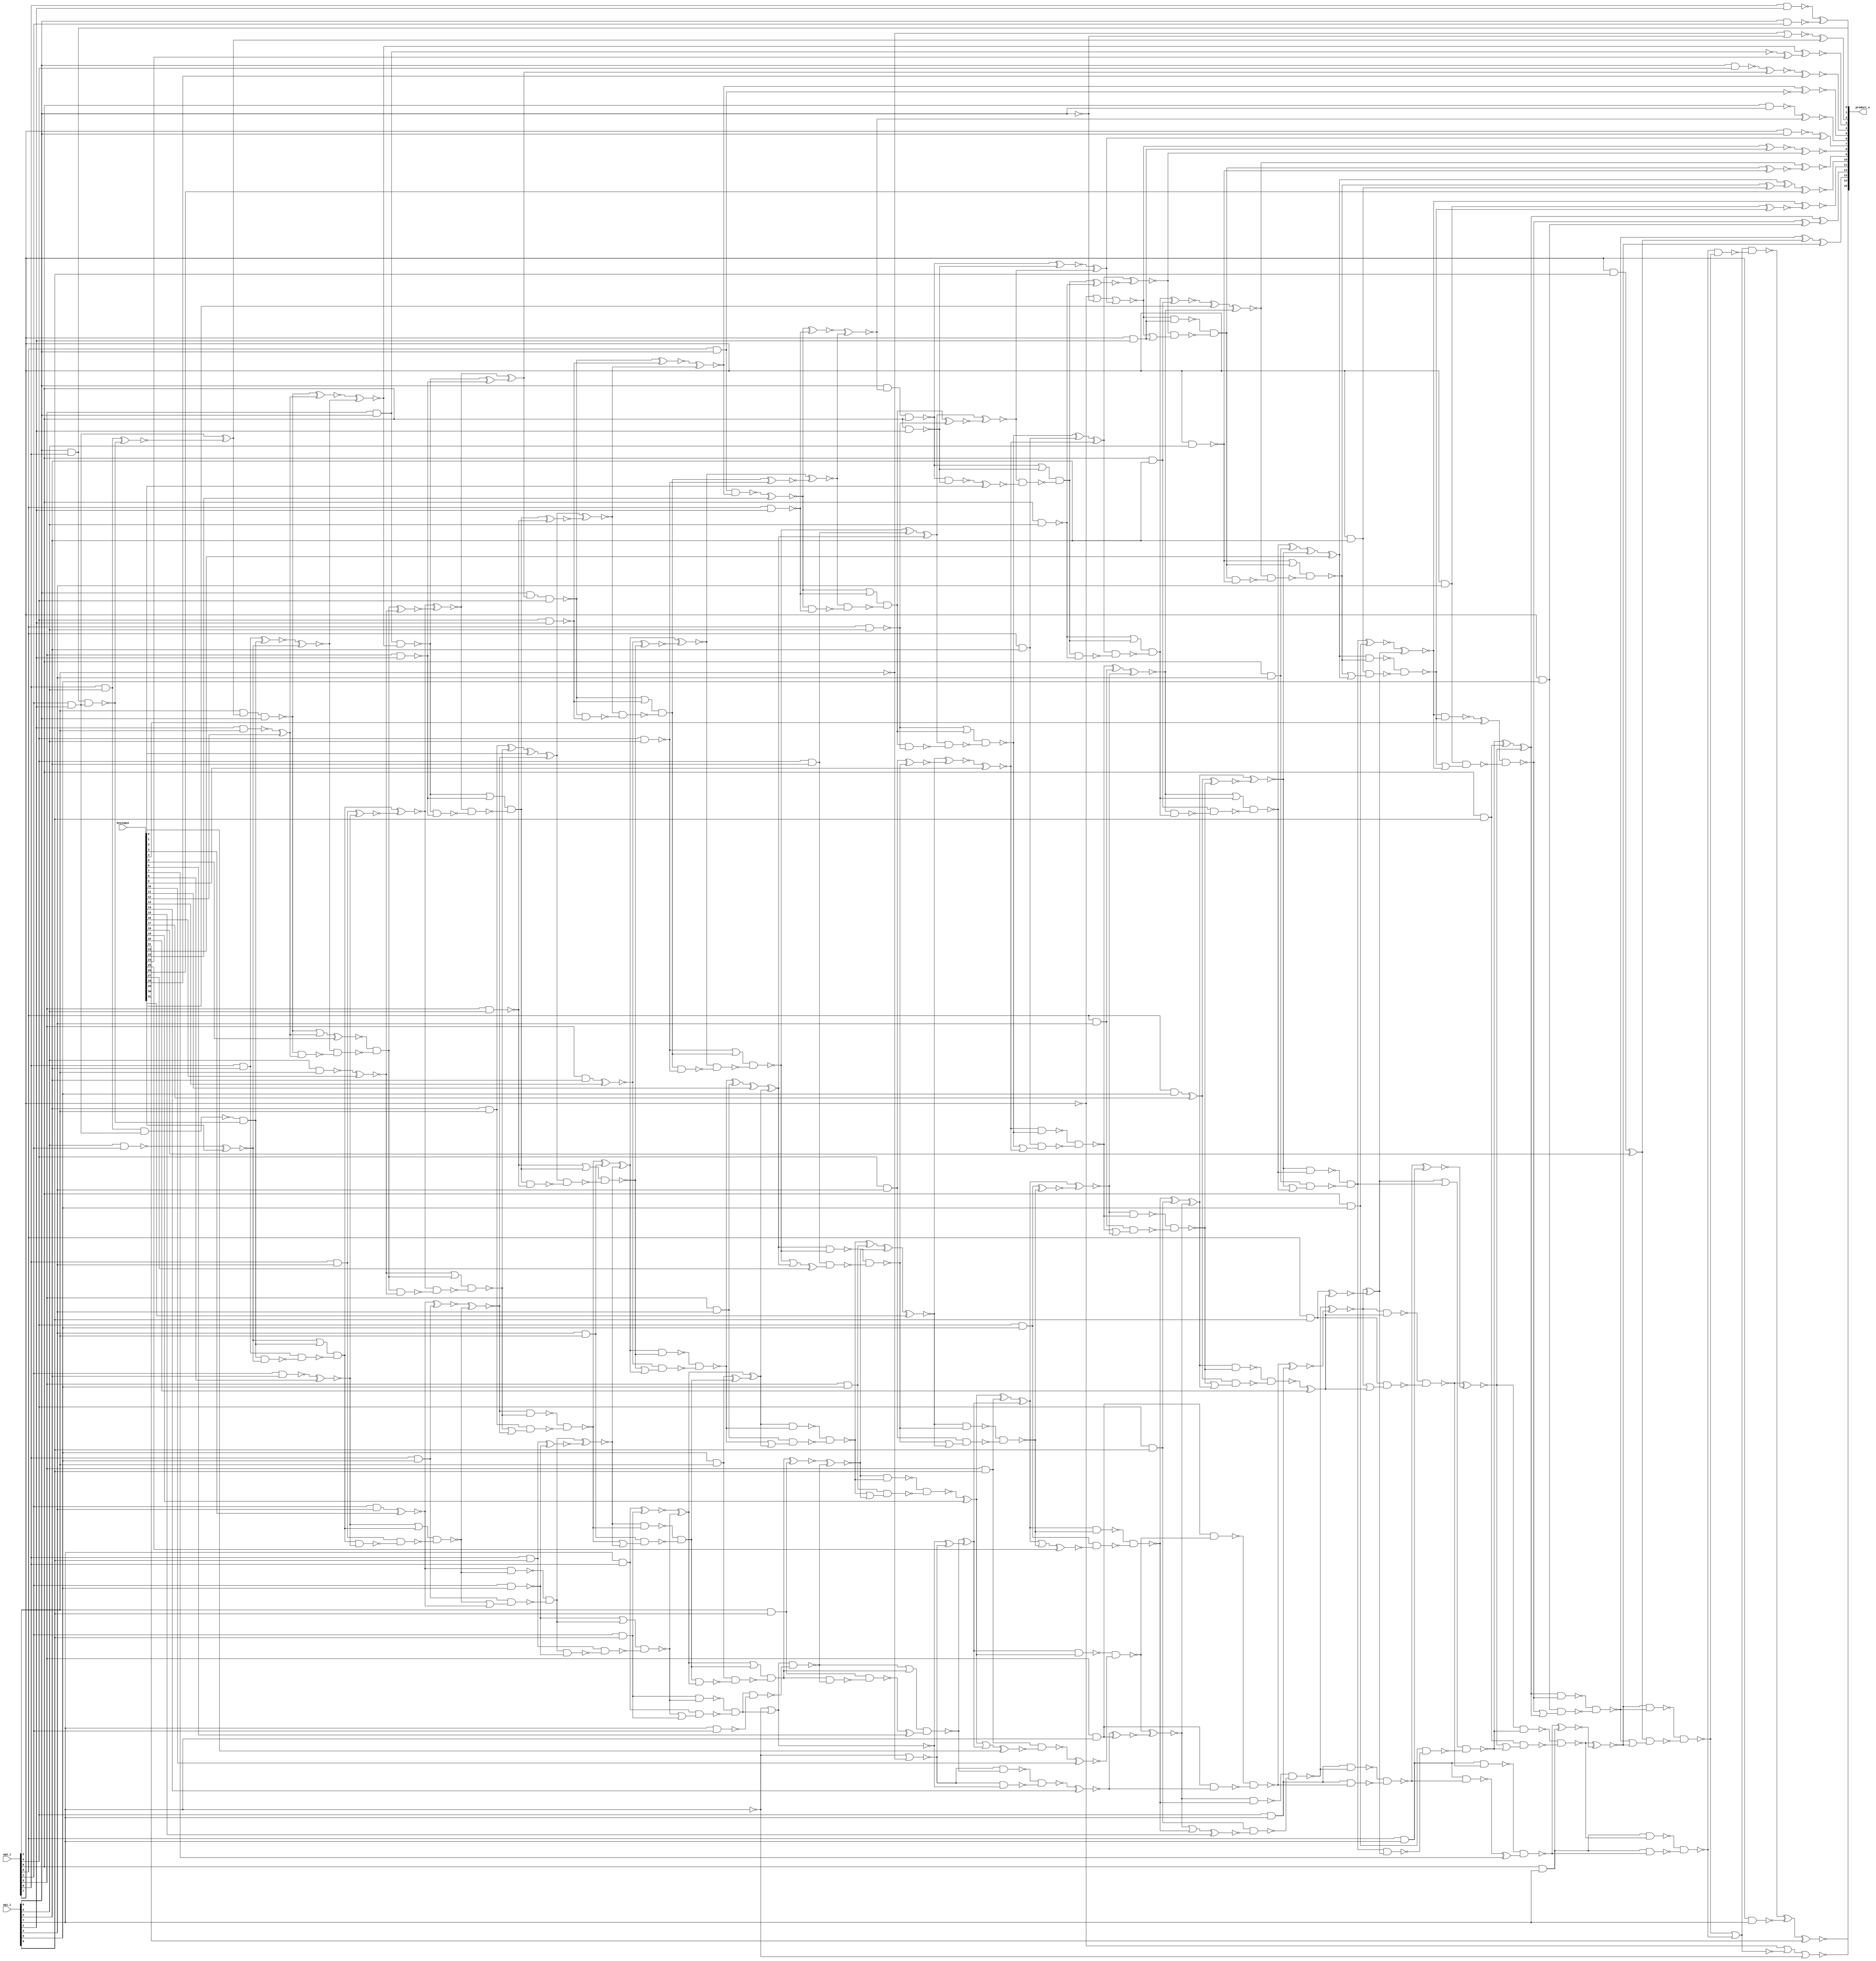
// Verilog File 
module array_multiplier8_xor_enc32(op1_i,op2_i,keyinput,product_o);

input [7:0] op1_i,op2_i;
input [31:0] keyinput;

output [15:0] product_o;


wire n269, n270, n279, n280, n281, n282, n284, n285, xenc21, 
n300, n299, n298, xenc18, n318, n319, n317, n315, n326, n311, 
n312, n309, n337, n353, n344, xenc22, n378, xenc26, n350, n348, 
n393, n394, n397, n376, n351, n405, n370, n359, n371, n368, 
n377, n374, n430, xenc9, n389, n432, n433, n453, n417, n422, 
n411, n454, n410, n409, xenc19, n414, n403, n401, n445, n473, 
n474, n437, n475, n476, n506, n507, n276, n508, n509, xenc11, 
n511, n512, n513, n510, n514, n466, n452, n465, n463, xenc1, 
n541, n502, n542, n543, n540, n555, n556, n495, n557, n558, 
n530, n559, n527, n529, n580, n581, n592, n523, n283, n255, 
n288, n287, n407, n408, n364, n335, xenc20, n521, n524, n259, 
n258, n267, n395, n396, n582, n583, n404, n383, n446, n420, 
n423, n352, n325, n343, n341, n257, n517, n441, n442, n272, 
xenc23, n444, n365, n406, xenc14, n363, n398, xenc17, n358, n306, 
n327, n305, n304, n576, xenc29, n552, n578, n579, n584, n585, 
xenc3, n587, n515, n460, n459, n457, n503, n485, n504, n505, 
n390, n266, n391, n392, n588, n589, n590, n591, n293, n301, 
n292, n291, n332, n360, n331, n330, xenc30, n261, n384, n385, 
n382, n496, n480, xenc13, n498, n569, n570, n547, n571, xenc8, 
n484, n273, n486, n487, n551, n277, n553, xenc12, n438, n439, 
n440, n548, n549, xenc16, n481, n482, n483, xenc31, n488, n431, 
n449, n451, n537, n538, n539, n399, n400, n402, n346, n347, 
n324, n349, n447, n448, n450, n354, n355, n338, n357, n427, 
n428, n429, n605, n499, n500, n501, n477, n478, n479, n525, 
n526, n528, n386, n387, n263, n268, n388, n372, n373, n375, 
n566, n567, n568, n470, n471, n472, n379, n380, n264, n381, 
n492, n493, n494, n534, n535, n536, xenc4, n321, n320, n322, 
n323, n531, n532, n533, n461, n462, n416, n464, n313, n314, 
n316, n563, n564, n565, n424, n425, n426, n339, n340, n342, 
n418, n419, xenc25, n421, n361, n362, n328, n329, n302, xenc7, 
n303, n333, n334, n336, n412, xenc10, xenc0, n413, n415, n366, 
n367, xenc15, n369, n307, n308, n310, n560, n561, n562, n294, 
n295, n297, n289, n290, n455, xenc6, n458, n456, n519, n520, 
n522, n602, n603, n604, n593, n594, n595, xenc5, n574, n573, 
n575, n489, n490, xenc27, n491, n467, n468, n469, n599, n600, 
n601, n434, n435, xenc2, n436, n544, n545, n546, n596, n597, 
n598, n260, n345, n265, n262, n443, n577, n572, n550, n256, 
n516, n518, n554, n586, n286, n497, n606, xenc28, n607, n356, 
n271, xenc24, n608, n296;

xor g0(product_o[7], n269, n270);
xor g1(product_o[2], n279, n280);
xor g2(product_o[1], n281, n282);
xor g3(xenc21, n284, n285);
xor g4(product_o[13], n300, n299);
xor g5(n300, n298, xenc18);
xor g6(product_o[12], n318, n319);
xor g7(n319, n317, n315);
xor g8(n318, n326, n311);
xor g9(n326, n312, n309);
xor g10(n344, n337, n353);
xor g11(xenc26, xenc22, n378);
xor g12(n378, n350, n348);
xor g13(n270, n393, n394);
xor g14(n351, n397, n376);
xor g15(n359, n405, n370);
xor g16(n405, n371, n368);
xor g17(n397, n377, n374);
xor g18(n389, n430, xenc9);
xor g19(n430, n432, n433);
xor g20(n422, n453, n417);
xor g21(n417, n411, n454);
xor g22(n454, n410, n409);
xor g23(n453, xenc19, n414);
xor g24(n445, n403, n401);
xor g25(n437, n473, n474);
xor g26(n473, n475, n476);
xor g27(n276, n506, n507);
xor g28(n507, n508, n509);
xor g29(n474, xenc11, n511);
xor g30(n510, n512, n513);
xor g31(n452, n514, n466);
xor g32(n514, n465, n463);
xor g33(n502, xenc1, n541);
xor g34(n540, n542, n543);
xor g35(n495, n555, n556);
xor g36(n555, n557, n558);
xor g37(n511, n530, n559);
xor g38(n559, n527, n529);
xor g39(n280, n580, n581);
xor g40(n530, n592, n523);
not g41(n255, n283);
nor g42(n283, n288, n287);
nand g43(n364, n407, n408);
nand g44(n408, n409, n410);
nand g45(n407, n409, n411);
xnor g46(n353, n335, xenc20);
xnor g47(n592, n521, n524);
nor g48(n267, n259, n258, n270);
xnor g49(n393, n395, n396);
xnor g50(n581, n582, n583);
xnor g51(n383, n445, n404);
xnor g52(n404, n422, n446);
xnor g53(n446, n420, n423);
xnor g54(n325, n352, n344);
xnor g55(n352, n343, n341);
nor g56(n410, n257, n517);
xnor g57(n272, n441, n442);
xnor g58(n441, xenc23, n444);
xnor g59(n370, n365, n406);
xnor g60(n406, xenc14, n363);
xnor g61(n376, n359, n398);
xnor g62(n398, xenc17, n358);
xnor g63(n311, n306, n327);
xnor g64(n327, n305, n304);
xnor g65(n552, n576, xenc29);
xnor g66(n576, n578, n579);
xnor g67(n541, n584, n585);
xnor g68(n584, xenc3, n587);
xnor g69(n466, n515, n460);
xnor g70(n515, n459, n457);
xnor g71(n485, n502, n503);
xnor g72(n503, n504, n505);
xnor g73(n266, n389, n390);
xnor g74(n390, n391, n392);
xnor g75(n556, n588, n589);
xnor g76(n589, n590, n591);
xnor g77(n299, n293, n301);
xnor g78(n301, n292, n291);
xnor g79(n337, n332, n360);
xnor g80(n360, n331, n330);
xnor g81(n261, xenc30, n383);
xnor g82(n382, n384, n385);
xnor g83(n480, n495, n496);
xnor g84(n496, xenc13, n498);
xnor g85(n547, n569, n570);
xnor g86(n570, n571, xenc8);
xnor g87(n273, n484, n485);
xnor g88(n484, n486, n487);
xnor g89(n277, n551, n552);
xnor g90(n551, n553, xenc12);
xnor g91(n394, n437, n438);
xnor g92(n438, n439, n440);
xnor g93(n506, n547, n548);
xnor g94(n548, n549, xenc16);
xnor g95(n442, n480, n481);
xnor g96(n481, n482, n483);
xnor g97(n431, xenc31, n488);
xnor g98(n488, n449, n451);
nand g99(n498, n537, n538);
or g100(n537, n505, n504);
nand g101(n538, n502, n539);
nand g102(n539, n504, n505);
nand g103(n358, n399, n400);
nand g104(n399, n404, n403);
nand g105(n400, n401, n402);
or g106(n402, n403, n404);
nand g107(n324, n346, n347);
nand g108(n346, xenc22, n350);
nand g109(n347, n348, n349);
or g110(n349, n350, xenc22);
nand g111(n423, n447, n448);
nand g112(n447, xenc31, n451);
nand g113(n448, n449, n450);
or g114(n450, n451, xenc31);
nand g115(n338, n354, n355);
nand g116(n354, n359, n358);
nand g117(n355, xenc17, n357);
or g118(n357, n358, n359);
and g119(n384, n427, n428);
or g120(n427, n392, n391);
nand g121(n428, n389, n429);
nand g122(n429, n391, n392);
and g123(n579, n605, n583);
nand g124(n605, n582, n580);
and g125(n482, n499, n500);
or g126(n499, n486, n487);
nand g127(n500, n485, n501);
nand g128(n501, n486, n487);
and g129(n439, n477, n478);
or g130(n477, xenc23, n444);
nand g131(n478, n442, n479);
nand g132(n479, xenc23, n444);
and g133(n459, n525, n526);
or g134(n525, n530, n529);
nand g135(n526, n527, n528);
nand g136(n528, n529, n530);
and g137(n263, n386, n387);
nand g138(n386, n267, n268);
nand g139(n387, n266, n388);
or g140(n388, n267, n268);
and g141(n343, n372, n373);
nand g142(n372, n376, n377);
nand g143(n373, n374, n375);
or g144(n375, n376, n377);
nand g145(n543, n566, n567);
or g146(n566, xenc16, n549);
nand g147(n567, n547, n568);
nand g148(n568, n549, xenc16);
nor g149(product_o[15], n259, n283, n257);
nand g150(n432, n470, n471);
or g151(n470, n440, n439);
nand g152(n471, n437, n472);
nand g153(n472, n439, n440);
nand g154(n350, n379, n380);
or g155(n379, n264, n263);
nand g156(n380, n261, n381);
nand g157(n381, n263, n264);
nand g158(n475, n492, n493);
or g159(n492, n483, n482);
nand g160(n493, n480, n494);
nand g161(n494, n482, n483);
nand g162(n512, n534, n535);
nand g163(n534, n495, n498);
nand g164(n535, xenc13, n536);
or g165(n536, n498, n495);
nand g166(n317, xenc4, n321);
nand g167(n320, n325, n324);
nand g168(n321, n322, n323);
or g169(n323, n324, n325);
nand g170(n465, n531, n532);
nand g171(n531, n511, n512);
nand g172(n532, n513, n533);
or g173(n533, n512, n511);
nand g174(n416, n461, n462);
nand g175(n461, n466, n465);
nand g176(n462, n463, n464);
or g177(n464, n465, n466);
nand g178(n298, n313, n314);
nand g179(n313, n318, n317);
nand g180(n314, n315, n316);
or g181(n316, n317, n318);
nand g182(n557, n563, n564);
nand g183(n563, n541, n543);
nand g184(n564, n542, n565);
or g185(n565, n543, n541);
nand g186(n377, n424, n425);
or g187(n424, n383, n384);
nand g188(n425, n385, n426);
nand g189(n426, n383, n384);
nand g190(n312, n339, n340);
or g191(n339, n344, n343);
nand g192(n340, n341, n342);
nand g193(n342, n343, n344);
nand g194(n371, n418, n419);
nand g195(n418, n422, n423);
nand g196(n419, n420, xenc25);
or g197(n421, n422, n423);
nand g198(n331, n361, n362);
nand g199(n362, n363, xenc14);
nand g200(n361, n363, n365);
nand g201(n305, n328, n329);
nand g202(n329, n330, n331);
nand g203(n328, n330, n332);
nand g204(n292, n302, xenc7);
nand g205(n303, n304, n305);
nand g206(n302, n304, n306);
nand g207(n306, n333, n334);
nand g208(n333, n337, xenc20);
nand g209(n334, n335, n336);
or g210(n336, n337, xenc20);
nand g211(n365, n412, xenc10);
nand g212(n412, n417, xenc19);
nand g213(n413, n414, xenc0);
or g214(n415, xenc19, n417);
nand g215(n332, n366, n367);
nand g216(n366, n370, n371);
nand g217(n367, n368, xenc15);
or g218(n369, n370, n371);
nand g219(n293, n307, n308);
nand g220(n307, n311, n312);
nand g221(n308, n309, n310);
or g222(n310, n311, n312);
and g223(n529, n560, n561);
nand g224(n560, n556, n557);
nand g225(n561, n558, n562);
or g226(n562, n557, n556);
nand g227(n288, n294, n295);
nand g228(n294, n299, n298);
nand g229(n295, xenc18, n297);
or g230(n297, n298, n299);
nand g231(n583, product_o[0], n580);
nand g232(n287, n289, n290);
nand g233(n290, n291, n292);
nand g234(n289, n291, n293);
nand g235(n411, n455, xenc6);
or g236(n455, n460, n459);
nand g237(n456, n457, n458);
nand g238(n458, n459, n460);
and g239(n517, n519, n520);
nand g240(n519, n524, n523);
nand g241(n520, n521, n522);
or g242(n522, n523, n524);
and g243(n569, n602, n603);
or g244(n602, xenc29, n579);
nand g245(n603, n578, n604);
nand g246(n604, n579, xenc29);
nand g247(n523, n593, n594);
or g248(n593, n591, n588);
nand g249(n594, n590, n595);
nand g250(n595, n588, n591);
and g251(n549, xenc5, n574);
or g252(n573, n553, xenc12);
nand g253(n574, n552, n575);
nand g254(n575, n553, xenc12);
nand g255(n451, n489, n490);
nand g256(n489, n474, n475);
nand g257(n490, n476, xenc27);
or g258(n491, n475, n474);
nand g259(n403, n467, n468);
nand g260(n467, xenc9, n432);
nand g261(n468, n433, n469);
or g262(n469, n432, xenc9);
nand g263(n585, n599, n600);
or g264(n599, xenc8, n569);
nand g265(n600, n571, n601);
nand g266(n601, n569, xenc8);
and g267(n391, n434, n435);
or g268(n434, n395, n396);
nand g269(n435, n394, xenc2);
nand g270(n436, n395, n396);
and g271(n504, n544, n545);
or g272(n544, n508, n509);
nand g273(n545, n506, n546);
nand g274(n546, n508, n509);
and g275(n588, n596, n597);
nand g276(n596, xenc3, n585);
nand g277(n597, n587, n598);
or g278(n598, n585, xenc3);
nor g279(n409, n257, n260);
xnor g280(product_o[11], n325, n345);
xnor g281(n345, n322, n324);
xnor g282(product_o[8], n265, n266);
xnor g283(n265, n267, n268);
xnor g284(product_o[9], n261, n262);
xnor g285(n262, n263, n264);
nor g286(n279, n260, n258);
nand g287(n553, op2_i[2], n280, op1_i[0]);
nand g288(n486, op1_i[0], n276, op2_i[4]);
nand g289(n395, op1_i[0], n272, op2_i[6]);
nand g290(n443, op2_i[5], op1_i[0], n273);
nand g291(n577, op1_i[2], op2_i[1]);
nand g292(n572, op2_i[1], op1_i[3]);
nand g293(n550, op1_i[2], op2_i[2]);
nand g294(n460, n256, n516);
nand g295(n516, n517, n518);
not g296(n256, n410);
nand g297(n518, op1_i[7], op2_i[1]);
nand g298(n554, op1_i[1], op2_i[2]);
nand g299(n508, op2_i[3], op1_i[0], n277);
and g300(n580, op2_i[1], op1_i[1]);
and g301(n586, op2_i[1], op1_i[4]);
and g302(n587, op2_i[0], op1_i[5]);
nand g303(n285, op2_i[7], op1_i[7]);
nand g304(n284, n255, n286);
nand g305(n286, n287, n288);
and g306(n582, op2_i[0], op1_i[2]);
and g307(n578, op2_i[0], op1_i[3]);
and g308(n571, op2_i[0], op1_i[4]);
and g309(product_o[0], op1_i[0], op2_i[0]);
nand g310(n505, op2_i[3], op1_i[2]);
nand g311(n591, op2_i[1], op1_i[5]);
nand g312(n483, op2_i[4], op1_i[2]);
nand g313(n440, op2_i[5], op1_i[2]);
nand g314(n487, op2_i[4], op1_i[1]);
nand g315(n444, op2_i[5], op1_i[1]);
and g316(n524, op2_i[1], op1_i[6]);
not g317(n257, op1_i[7]);
nand g318(n509, op2_i[3], op1_i[1]);
and g319(n457, op2_i[2], op1_i[6]);
nand g320(n269, op2_i[7], op1_i[0]);
and g321(n590, op2_i[0], op1_i[6]);
and g322(n497, op2_i[3], op1_i[3]);
and g323(n521, op1_i[7], op2_i[0]);
and g324(n449, op2_i[4], op1_i[4]);
and g325(n558, op1_i[4], op2_i[2]);
and g326(n513, op2_i[3], op1_i[4]);
and g327(n476, op2_i[4], op1_i[3]);
and g328(n463, op2_i[3], op1_i[5]);
and g329(n414, op2_i[3], op1_i[6]);
not g330(n260, op2_i[2]);
and g331(n542, op1_i[3], op2_i[2]);
and g332(n527, op1_i[5], op2_i[2]);
nand g333(n392, op2_i[6], op1_i[2]);
nand g334(n264, op2_i[7], op1_i[2]);
and g335(n363, op2_i[3], op1_i[7]);
and g336(n330, op2_i[4], op1_i[7]);
and g337(n304, op2_i[5], op1_i[7]);
nand g338(n396, op2_i[6], op1_i[1]);
and g339(n268, op2_i[7], op1_i[1]);
and g340(n385, op2_i[6], op1_i[3]);
and g341(n341, op2_i[6], op1_i[5]);
xnor g342(xenc28, n606, n276);
nand g343(n606, op1_i[0], op2_i[4]);
xnor g344(product_o[5], n273, n607);
nand g345(n607, op1_i[0], op2_i[5]);
and g346(n420, op2_i[4], op1_i[5]);
and g347(n356, op2_i[5], op1_i[5]);
and g348(n335, op2_i[5], op1_i[6]);
and g349(n322, op2_i[7], op1_i[4]);
not g350(n259, op2_i[7]);
and g351(n433, op2_i[5], op1_i[3]);
and g352(n401, op2_i[5], op1_i[4]);
and g353(n368, op2_i[4], op1_i[6]);
and g354(n374, op2_i[6], op1_i[4]);
and g355(n348, op2_i[7], op1_i[3]);
and g356(n309, op2_i[6], op1_i[6]);
not g357(n258, op1_i[0]);
xnor g358(product_o[6], n271, n272);
nand g359(n271, op2_i[6], op1_i[0]);
and g360(n291, op2_i[6], op1_i[7]);
nand g361(n281, op2_i[0], op1_i[1]);
nand g362(n282, op1_i[0], op2_i[1]);
xnor g363(product_o[3], n277, xenc24);
nand g364(n608, op1_i[0], op2_i[3]);
and g365(n315, op2_i[7], op1_i[5]);
and g366(n296, op2_i[7], op1_i[6]);
xnor g367(xenc0, n415, keyinput[0]);
xor g368(xenc1, n540, keyinput[1]);
xnor g369(xenc2, n436, keyinput[2]);
xnor g370(xenc3, n586, keyinput[3]);
xor g371(xenc4, n320, keyinput[4]);
xnor g372(xenc5, n573, keyinput[5]);
xor g373(xenc6, n456, keyinput[6]);
xor g374(xenc7, n303, keyinput[7]);
xnor g375(xenc8, n572, keyinput[8]);
xnor g376(xenc9, n431, keyinput[9]);
xnor g377(xenc10, n413, keyinput[10]);
xor g378(xenc11, n510, keyinput[11]);
xor g379(xenc12, n554, keyinput[12]);
xnor g380(xenc13, n497, keyinput[13]);
xnor g381(xenc14, n364, keyinput[14]);
xnor g382(xenc15, n369, keyinput[15]);
xnor g383(xenc16, n550, keyinput[16]);
xor g384(xenc17, n356, keyinput[17]);
xor g385(xenc18, n296, keyinput[18]);
xor g386(xenc19, n416, keyinput[19]);
xor g387(xenc20, n338, keyinput[20]);
xnor g388(product_o[14], xenc21, keyinput[21]);
xor g389(xenc22, n351, keyinput[22]);
xnor g390(xenc23, n443, keyinput[23]);
xor g391(xenc24, n608, keyinput[24]);
xnor g392(xenc25, n421, keyinput[25]);
xnor g393(product_o[10], xenc26, keyinput[26]);
xor g394(xenc27, n491, keyinput[27]);
xnor g395(product_o[4], xenc28, keyinput[28]);
xnor g396(xenc29, n577, keyinput[29]);
xor g397(xenc30, n382, keyinput[30]);
xnor g398(xenc31, n452, keyinput[31]);
endmodule